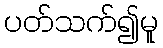
ပတ်သက်၍မူ